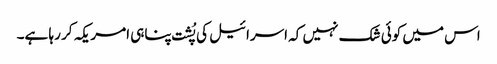
اس میں کوئی شک نہیں کہ اسرائیل کی پُشت پناہی امریکہ کر رہا ہے۔